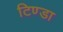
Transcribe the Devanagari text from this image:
टिण्डा